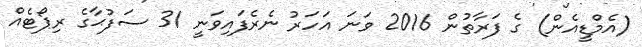
(އެމްޑީއެން) ގެ ފަރާތުން 2016 ވަނަ އަހަރު ނެރެފައިވަނީ 31 ސަފުޙާގެ ރިޕޯޓެއް